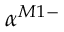
\alpha ^ { M 1 - }